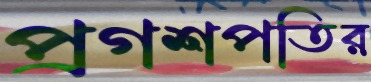
প্রগশপতির